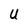
Character: U